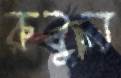
রুবুল